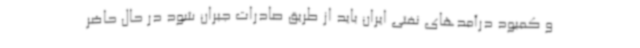
و کمبود درآمدهای نفتی ایران باید از طریق صادرات جبران شود در حال حاضر